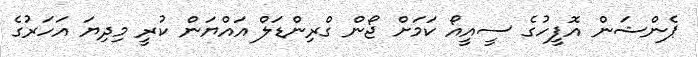
ޕެންޝަން އޮފީހުގެ ސީއީއޯ ކަމަށް ޖޯން ގްރިންޑަލް އައްޔަން ކުރީ މިދިޔަ އަހަރުގެ